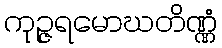
ကုဉ္ဇရမောဃတိဏ္ဏံ